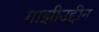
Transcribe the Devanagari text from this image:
गाझीउद्दीन